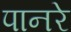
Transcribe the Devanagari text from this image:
पानरे